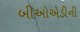
બીઓએડીની